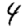
Digit: 4